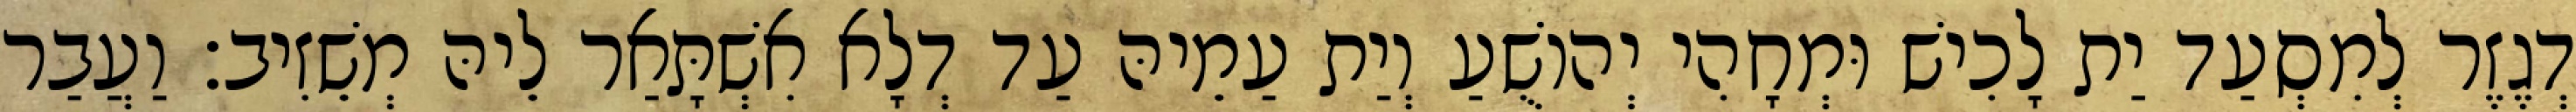
דְגֶזֶר לְמִסְעַד יַת לָכִישׁ וּמְחָהִי יְהוֹשֻׁעַ וְיַת עַמֵיהּ עַד דְלָא אִשְׁתָּאַר לֵיהּ מְשֵׁזִיב׃ וַעֲבַר